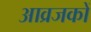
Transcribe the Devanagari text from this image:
आव्रजकों